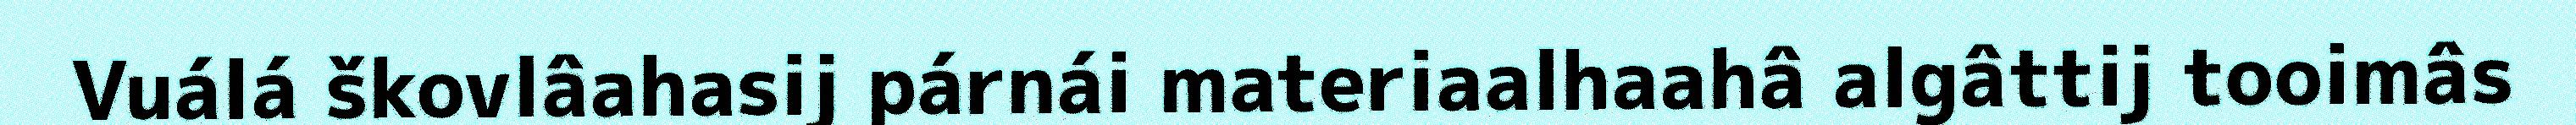
Vuálá škovlâahasij párnái materiaalhaahâ algâttij tooimâs